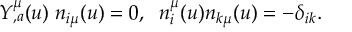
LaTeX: Y _ { , a } ^ { \mu } ( u ) \; n _ { i \mu } ( u ) = 0 , \; \; n _ { i } ^ { \mu } ( u ) n _ { k \mu } ( u ) = - \delta _ { i k } .